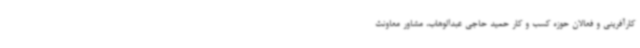
کارآفرینی و فعالان حوزه کسب و کار حمید حاجی عبدالوهاب، مشاور معاونت